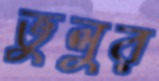
ভুলুর